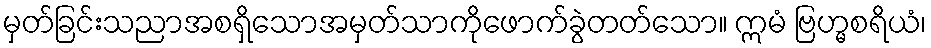
မှတ်ခြင်းသညာအစရှိသောအမှတ်သာကိုဖောက်ခွဲတတ်သော။ ဣမံ ဗြဟ္မစရိယံ၊